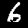
Digit: 6